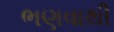
ભણવાથી